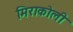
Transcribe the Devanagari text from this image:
मिराकोली